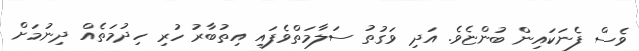
ވެސް ފެނަކައިން ބުންޏެވެ. އަދި ވަގުތު ސަލާމަތްވެފައި އިތުބާރު ހުރި ހިދުމަތެއް ދިނުމަށް